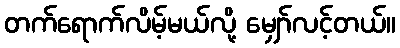
တက်ရောက်လိမ့်မယ်လို့ မျှော်လင့်တယ်။